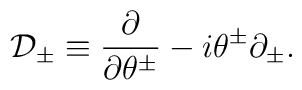
\mathcal{D}_{\pm }\equiv \frac{\partial }{\partial \theta ^{\pm }}-i\theta^{\pm }\partial _{\pm }.